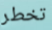
تخطر